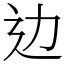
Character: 边